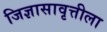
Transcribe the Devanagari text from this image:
जिज्ञासावृत्तीला